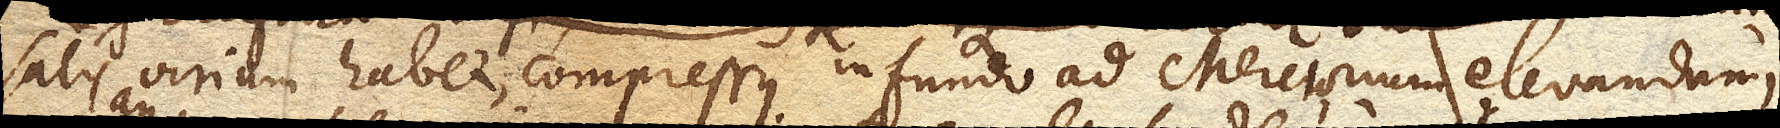
satis virium habet, compressus in fundo ad Mercurium elevandum